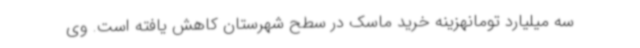
سه میلیارد تومانهزینه خرید ماسک در سطح شهرستان کاهش یافته است. وی